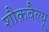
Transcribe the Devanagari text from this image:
शौक़वैल्यू